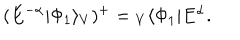
( E ^ { - \alpha } | \Phi _ { 1 } \rangle _ { V } ) ^ { + } = { } _ { V } \langle \Phi _ { 1 } | E ^ { \alpha } .